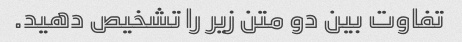
تفاوت بین دو متن زیر را تشخیص دهید.